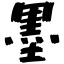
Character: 墨